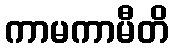
ကာမကာမီတိ